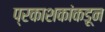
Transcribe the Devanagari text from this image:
प्रकाशकांकडून